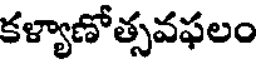
కళ్యాణోత్సవఫలం